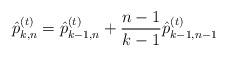
LaTeX: \begin{align*}\hat{p}_{k,n}^{(t)} = \hat{p}_{k-1,n}^{(t)} + \frac{n-1}{k-1} \hat{p}_{k-1,n-1}^{(t)}\end{align*}